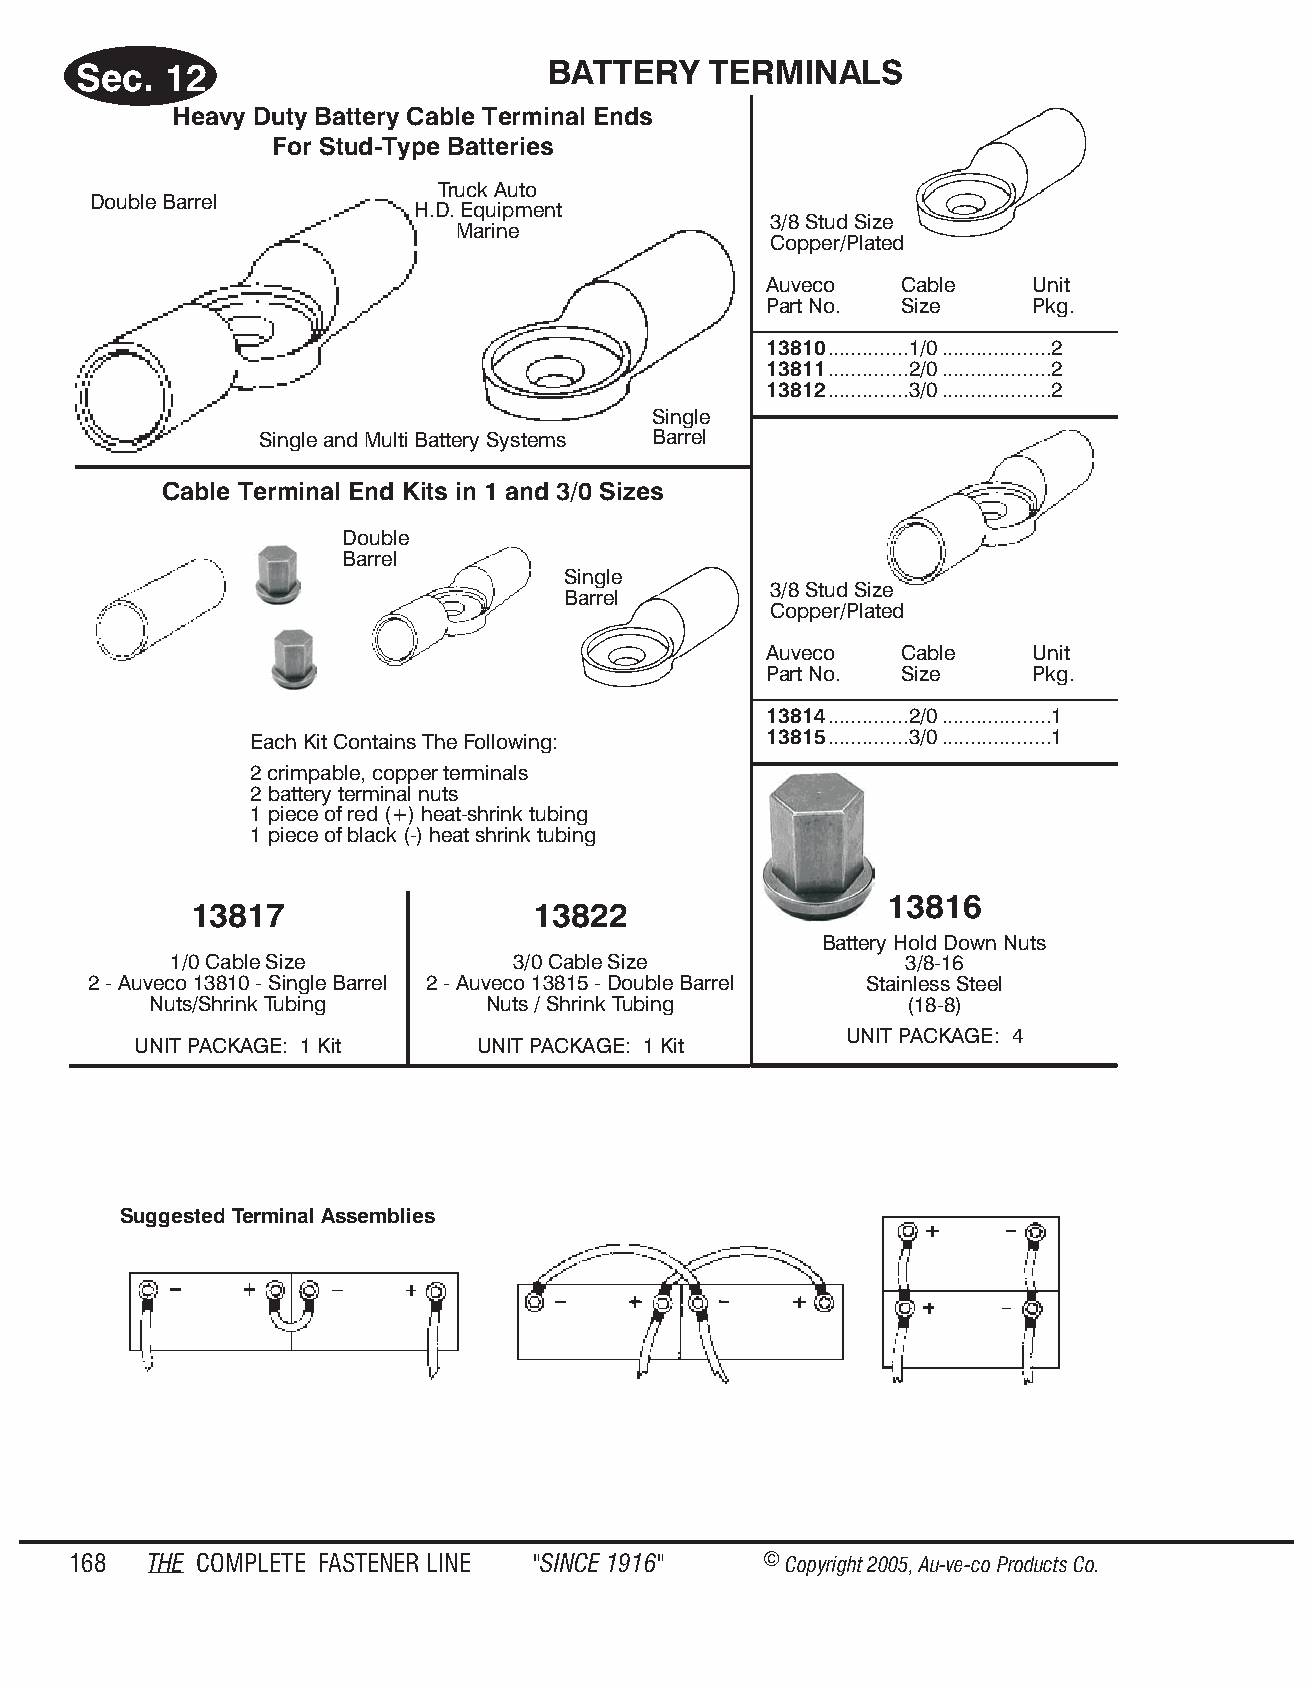
Sec.  12                       BAT  TERY  TER  MI NALS
 Heavy Duty Bat tery Ca ble Ter min al Ends
 For Stud-Type Batt eri es
 Truck Auto
 Double Barrel
 H.D. Equipment
 3/8 Stud Size
 Marine
 Copper/Plated
 Auveco   Cable    Unit
 Part No. Size     Pkg.
 13810..............1/0...................2
 13811..............2/0...................2
 13812..............3/0...................2
 Single
 Single and Multi Battery Systems Barrel
 Ca ble Ter min al End Kits in 1 and 3/0 Sizes
 Double
 Barrel
 Single
 3/8 Stud Size
 Barrel
 Copper/Plated
 Auveco   Cable    Unit
 Part No. Size     Pkg.
 13814..............2/0...................1
 Each Kit Contains The Following:  13815..............3/0...................1
 2 crimpable, copper terminals
 2 battery terminal nuts
 1 piece of red (+) heat-shrink tubing
 1 piece of black (-) heat shrink tubing
 13816
 13817                  13822
 Battery Hold Down Nuts
 1/0 Cable Size        3/0 Cable Size            3/8-16
 2 - Auveco 13810 - Single Barrel 2 - Auveco 13815 - Double Barrel Stainless Steel
 Nuts/Shrink Tubing    Nuts / Shrink Tubing        (18-8)
 UNIT PACKAGE: 4
 UNIT PACKAGE: 1 Kit    UNIT PACKAGE: 1 Kit
 Suggested Terminal Assemblies
 168  THE COM PLETE FAST ENER LINE "SINCE 1916" © Copyr ight 2005, Au-ve-co Produ cts Co.